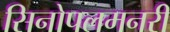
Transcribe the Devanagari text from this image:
सिनोपलमनरी